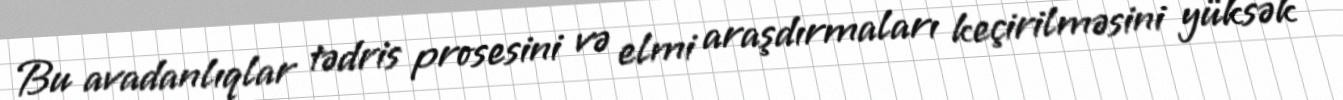
Bu avadanlıqlar tədris prosesini və elmi araşdırmaları keçirilməsini yüksək